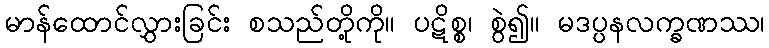
မာန်ထောင်လွှားခြင်း စသည်တို့ကို။ ပဋိစ္စ၊ စွဲ၍။ မဒပ္ပနလက္ခဏဿ၊